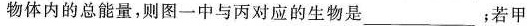
物体内的总能量，则图一中与丙对应的生物是___；若甲